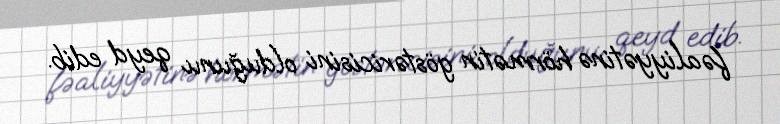
fəaliyyətinə hörmətin göstəricisini olduğunu qeyd edib.